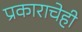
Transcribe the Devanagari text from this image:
प्रकाराचेही